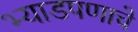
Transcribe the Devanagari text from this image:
भ्याडपणाचे